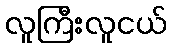
လူကြီးလူငယ်